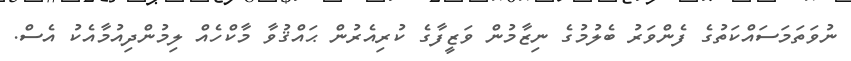
ނުވަތަމަސައްކަތުގެ ފެންވަރު ބެލުމުގެ ނިޒާމުން ވަޒީފާގެ ކުރިއެރުން ޙައްޤުވާ މާކްހެއް ލިމުންދިއުމާއެކު އެސް.